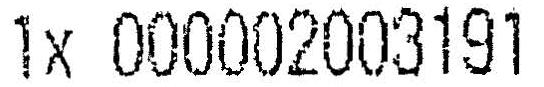
1X 000002003191